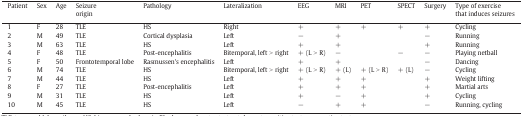
<table><thead><tr><td><b>Patient</b></td><td><b>Sex</b></td><td><b>Age</b></td><td><b>Seizure origin</b></td><td><b>Pathology</b></td><td><b>Lateralization</b></td><td><b>EEG</b></td><td><b>MRI</b></td><td><b>PET</b></td><td><b>SPECT</b></td><td><b>Surgery</b></td><td><b>Type of exercise that induces seizures</b></td></tr></thead><tbody><tr><td>1</td><td>F</td><td>28</td><td>TLE</td><td>HS</td><td>Right</td><td>+</td><td>+</td><td>+</td><td>+</td><td>+</td><td>Cycling</td></tr><tr><td>2</td><td>M</td><td>49</td><td>TLE</td><td>Cortical dysplasia</td><td>Left</td><td>−</td><td>+</td><td></td><td></td><td>−</td><td>Running</td></tr><tr><td>3</td><td>M</td><td>63</td><td>TLE</td><td>HS</td><td>Left</td><td>+</td><td>+</td><td></td><td></td><td>+</td><td>Running</td></tr><tr><td>4</td><td>F</td><td>48</td><td>TLE</td><td>Post-encephalitis</td><td>Bitemporal, left &gt; right</td><td>+ (L &gt; R)</td><td>−</td><td></td><td>−</td><td>−</td><td>Playing netball</td></tr><tr><td>5</td><td>F</td><td>50</td><td>Frontotemporal lobe</td><td>Rasmussen&#x27;s encephalitis</td><td>Left</td><td>+</td><td>+</td><td></td><td></td><td>−</td><td>Dancing</td></tr><tr><td>6</td><td>M</td><td>74</td><td>TLE</td><td>HS</td><td>Bitemporal, left &gt; right</td><td>+ (L &gt; R)</td><td>+ (L)</td><td>+ (L &gt; R)</td><td>+ (L)</td><td>−</td><td>Cycling</td></tr><tr><td>7</td><td>M</td><td>44</td><td>TLE</td><td>HS</td><td>Left</td><td>+</td><td>+</td><td>+</td><td></td><td>+</td><td>Weight lifting</td></tr><tr><td>8</td><td>F</td><td>27</td><td>TLE</td><td>Post-encephalitis</td><td>Left</td><td>+</td><td>+</td><td>+</td><td></td><td>+</td><td>Martial arts</td></tr><tr><td>9</td><td>M</td><td>31</td><td>TLE</td><td>HS</td><td>Left</td><td>+</td><td>−</td><td>+</td><td></td><td>+</td><td>Cycling</td></tr><tr><td>10</td><td>M</td><td>45</td><td>TLE</td><td>HS</td><td>Left</td><td>−</td><td>+</td><td>+</td><td></td><td>−</td><td>Running, cycling</td></tr></tbody></table>